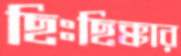
ছিঃছিক্কার